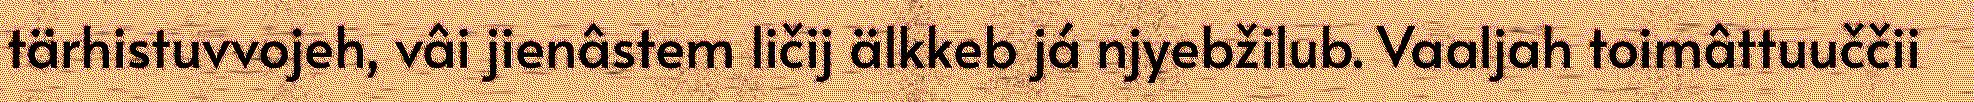
tärhistuvvojeh, vâi jienâstem ličij älkkeb já njyebžilub. Vaaljah toimâttuuččii